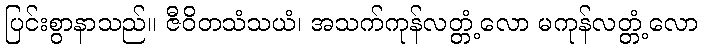
ပြင်းစွာနာသည်။ ဇီဝိတသံသယံ၊ အသက်ကုန်လတ္တံ့လော မကုန်လတ္တံ့လော